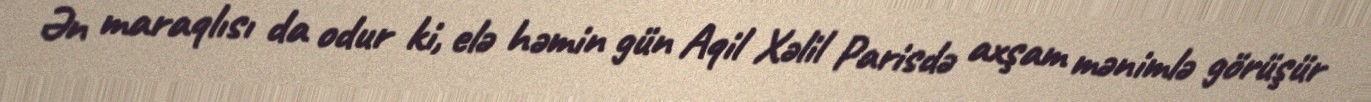
Ən maraqlısı da odur ki, elə həmin gün Aqil Xəlil Parisdə axşam mənimlə görüşür